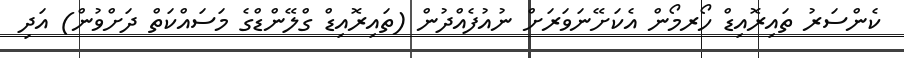
ކެންސަރު ތައިރޮއިޑް ހޯރމޯން އެކަށޭނަވަރަށް ނުއުފެއްދުން (ތައިރޮއިޑް ގްލޭންޑްގެ މަސައްކަތް ދަށްވުން) އަދި